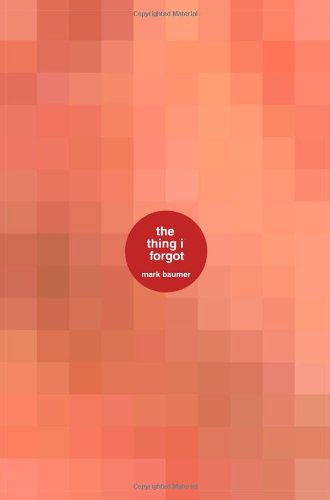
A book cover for The Thing I Forgot: a book about the thing i forgot; Mark Baumer; Crafts, Hobbies & Home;